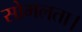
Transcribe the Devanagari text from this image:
सोमलता।